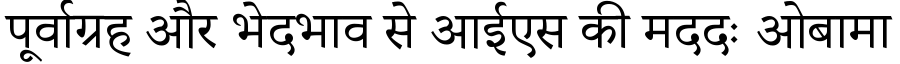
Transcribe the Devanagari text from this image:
पूर्वाग्रह और भेदभाव से आईएस की मददः ओबामा